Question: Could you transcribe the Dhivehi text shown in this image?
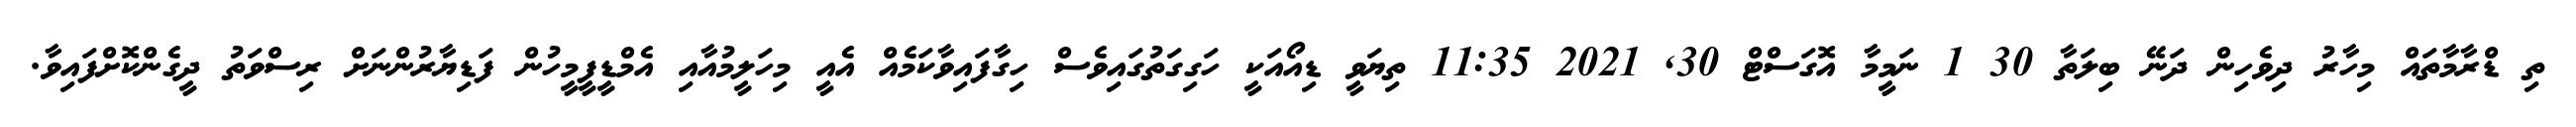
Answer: ތި ޑްރާމާތައް މިހާރު ދިވެހިން ދަނޭ ބިލަތާ 30 1 ނަމީމާ އޮގަސްޓް 30, 2021 11:35 ތިޔަވީ ޑިއޯއަކީ ހަގިގަތުގައިވެސް ހިގާފައިވާކަމެއް އެއީ މިހަލީމުއާއި އެމްޑީފީމީހުން ފަޑިޔާރުންނަށް ރިސްވަތު ދީގެންކޮށްފައިވާ.